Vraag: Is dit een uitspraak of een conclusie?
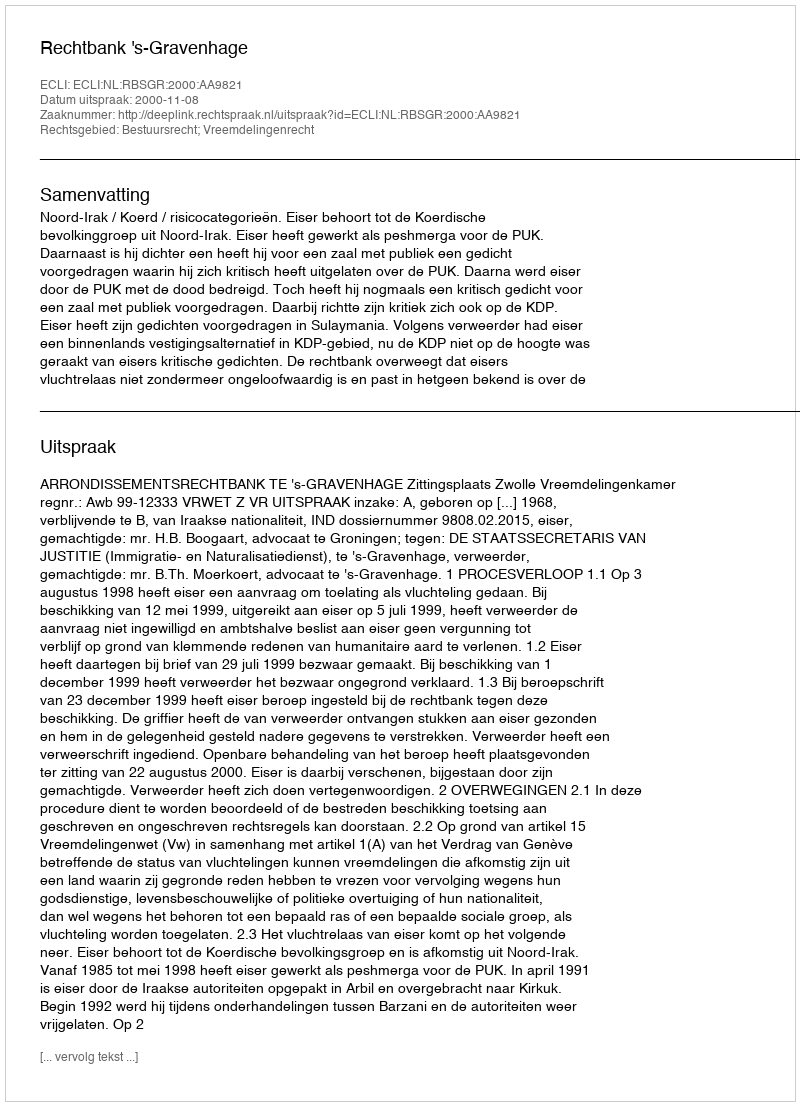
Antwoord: Uitspraak